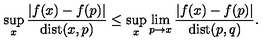
\sup _ { x } \frac { | f ( x ) - f ( p ) | } { \mathrm { d i s t } ( x , p ) } \leq \sup _ { x } \lim _ { p \to x } \frac { | f ( x ) - f ( p ) | } { \mathrm { d i s t } ( p , q ) } .